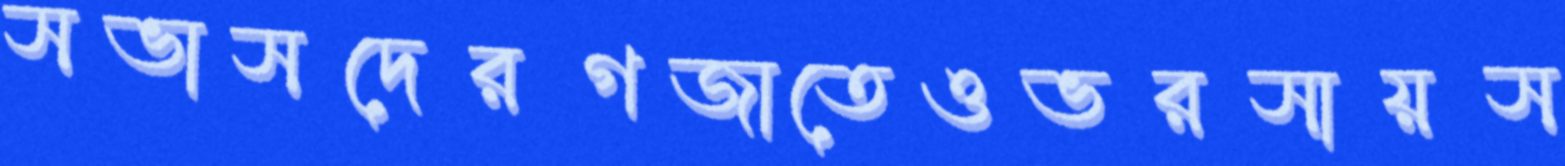
সভাসদেরগজাতেওভরসায়স